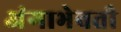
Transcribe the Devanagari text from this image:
अंगाभेवती